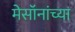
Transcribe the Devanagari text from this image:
मेसॉनांच्या